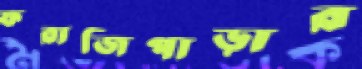
ফরাজিপাড়ার